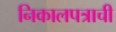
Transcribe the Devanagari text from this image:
निकालपत्राची